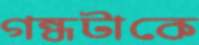
গন্ধটাকে